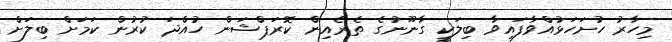
މިހާރު ހުށަހަޅުއްވާފައިވާ ބިލަކީ ގާނޫނުގެ ތެރެއިން ކޮރަޕްޝަން ހުއްދަ ކުރުން ކަމަށް ބިލަށް